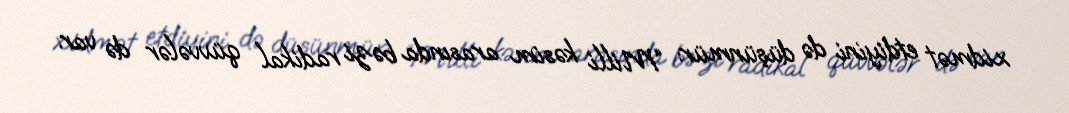
xidmət etdiyini də düşünmür: “Milli kəsim arasında bəzi radikal qüvvələr də var.